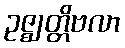
ဥဇ္ဈတ္တိဗလာ